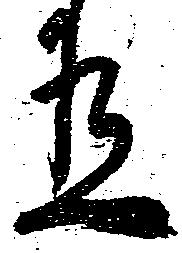
有